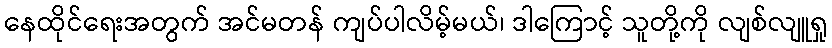
နေထိုင်ရေးအတွက် အင်မတန် ကျပ်ပါလိမ့်မယ်၊ ဒါကြောင့် သူတို့ကို လျစ်လျူရှု